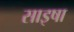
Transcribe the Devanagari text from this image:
साइषा